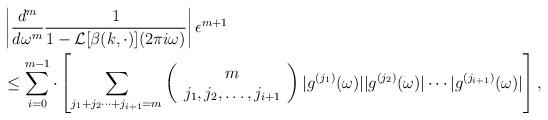
LaTeX: \begin{align*}&\left|\frac{d^m}{d\omega^m}\frac{1}{1-\mathcal{L}[\beta(k,\cdot)](2\pi i \omega)}\right|\epsilon^{m+1}\\&\le\sum_{i=0}^{m-1}\cdot \left[\sum_{j_1+j_2 \cdots +j_{i+1}=m}\left(\begin{array}{c}m\\j_1,j_2,\ldots ,j_{i+1}\end{array}\right)|g^{(j_1)}(\omega)||g^{(j_2)}(\omega)| \cdots |g^{(j_{i+1})}(\omega)|\right],\end{align*}